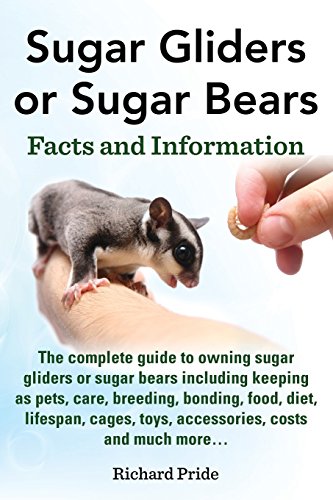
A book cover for Sugar Gliders or Sugar Bears: Facts and Information on Sugar Gliders as Pets Including Care, Breeding, Bonding, Food, Diet, Lifespan, Cages, Toys, C; Richard Pride; Crafts, Hobbies & Home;